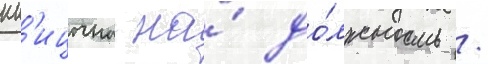
пт'ицына на́ до́лжность /